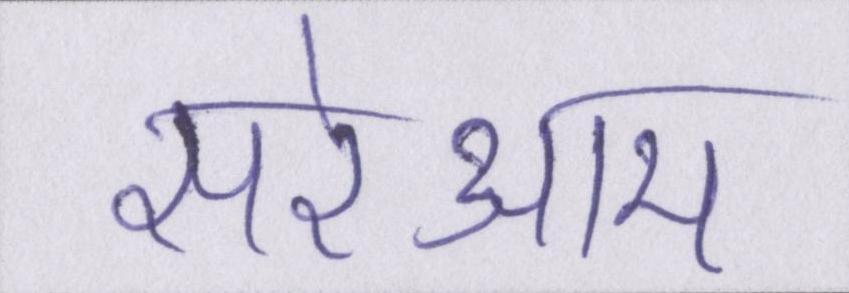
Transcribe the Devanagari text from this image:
सरेआम